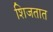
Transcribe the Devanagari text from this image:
शिजतात